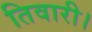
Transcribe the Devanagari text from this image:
तिवारी।